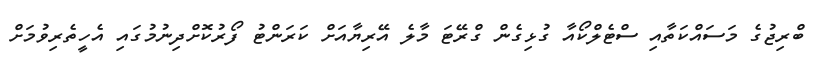
ބްރިޖުގެ މަސައްކަތާއި ސްޓެލްކޯއާ ގުޅިގެން ގްރޭޓަ މާލެ އޭރިޔާއަށް ކަރަންޓު ފޯރުކޮށްދިނުމުގައި އެހީތެރިވުމަށް